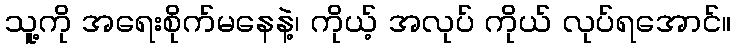
သူ့ကို အရေးစိုက်မနေနဲ့၊ ကိုယ့် အလုပ် ကိုယ် လုပ်ရအောင်။